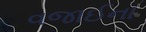
વજાઈના